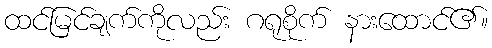
ထင်မြင်ချက်ကိုလည်း ဂရုစိုက် နားထောင်၏။